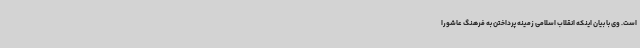
است. وی با بیان اینکه انقلاب اسلامی زمینه پرداختن به فرهنگ عاشورا